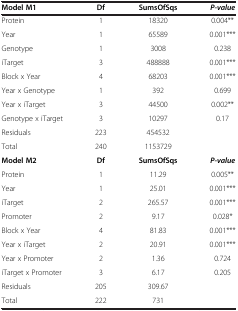
<table><thead><tr><td><b>Model M1</b></td><td><b>Df</b></td><td><b>SumsOfSqs</b></td><td><b><i>P-value</i></b></td></tr></thead><tbody><tr><td>Protein</td><td>1</td><td>18320</td><td>0.004**</td></tr><tr><td>Year</td><td>1</td><td>65589</td><td>0.001***</td></tr><tr><td>Genotype</td><td>1</td><td>3008</td><td>0.238</td></tr><tr><td>iTarget</td><td>3</td><td>488888</td><td>0.001***</td></tr><tr><td>Block x Year</td><td>4</td><td>68203</td><td>0.001***</td></tr><tr><td>Year x Genotype</td><td>1</td><td>392</td><td>0.699</td></tr><tr><td>Year x iTarget</td><td>3</td><td>44500</td><td>0.002**</td></tr><tr><td>Genotype x iTarget</td><td>3</td><td>10297</td><td>0.17</td></tr><tr><td>Residuals</td><td>223</td><td>454532</td><td>[EMPTY_CELL]</td></tr><tr><td>Total</td><td>240</td><td>1153729</td><td>[EMPTY_CELL]</td></tr><tr><td><b>Model M2</b></td><td><b>Df</b></td><td><b>SumsOfSqs</b></td><td><b><i>P-value</i></b></td></tr><tr><td>Protein</td><td>1</td><td>11.29</td><td>0.005**</td></tr><tr><td>Year</td><td>1</td><td>25.01</td><td>0.001***</td></tr><tr><td>iTarget</td><td>2</td><td>265.57</td><td>0.001***</td></tr><tr><td>Promoter</td><td>2</td><td>9.17</td><td>0.028*</td></tr><tr><td>Block x Year</td><td>4</td><td>81.83</td><td>0.001***</td></tr><tr><td>Year x iTarget</td><td>2</td><td>20.91</td><td>0.001***</td></tr><tr><td>Year x Promoter</td><td>2</td><td>1.36</td><td>0.724</td></tr><tr><td>iTarget x Promoter</td><td>3</td><td>6.17</td><td>0.205</td></tr><tr><td>Residuals</td><td>205</td><td>309.67</td><td>[EMPTY_CELL]</td></tr><tr><td>Total</td><td>222</td><td>731</td><td>[EMPTY_CELL]</td></tr></tbody></table>